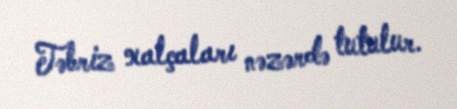
Təbriz xalçaları nəzərdə tutulur.